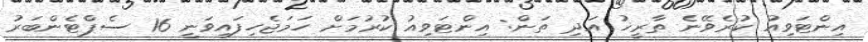
އިންޓަވިއު ކުރެވޭނެ ތާރީޚު އަދި ތަން: އިންޓަވިއު ކުރުމަށް ހަމަޖެހިފައިވަނީ 16 ސެޕްޓެންބަރު